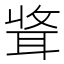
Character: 𫆃